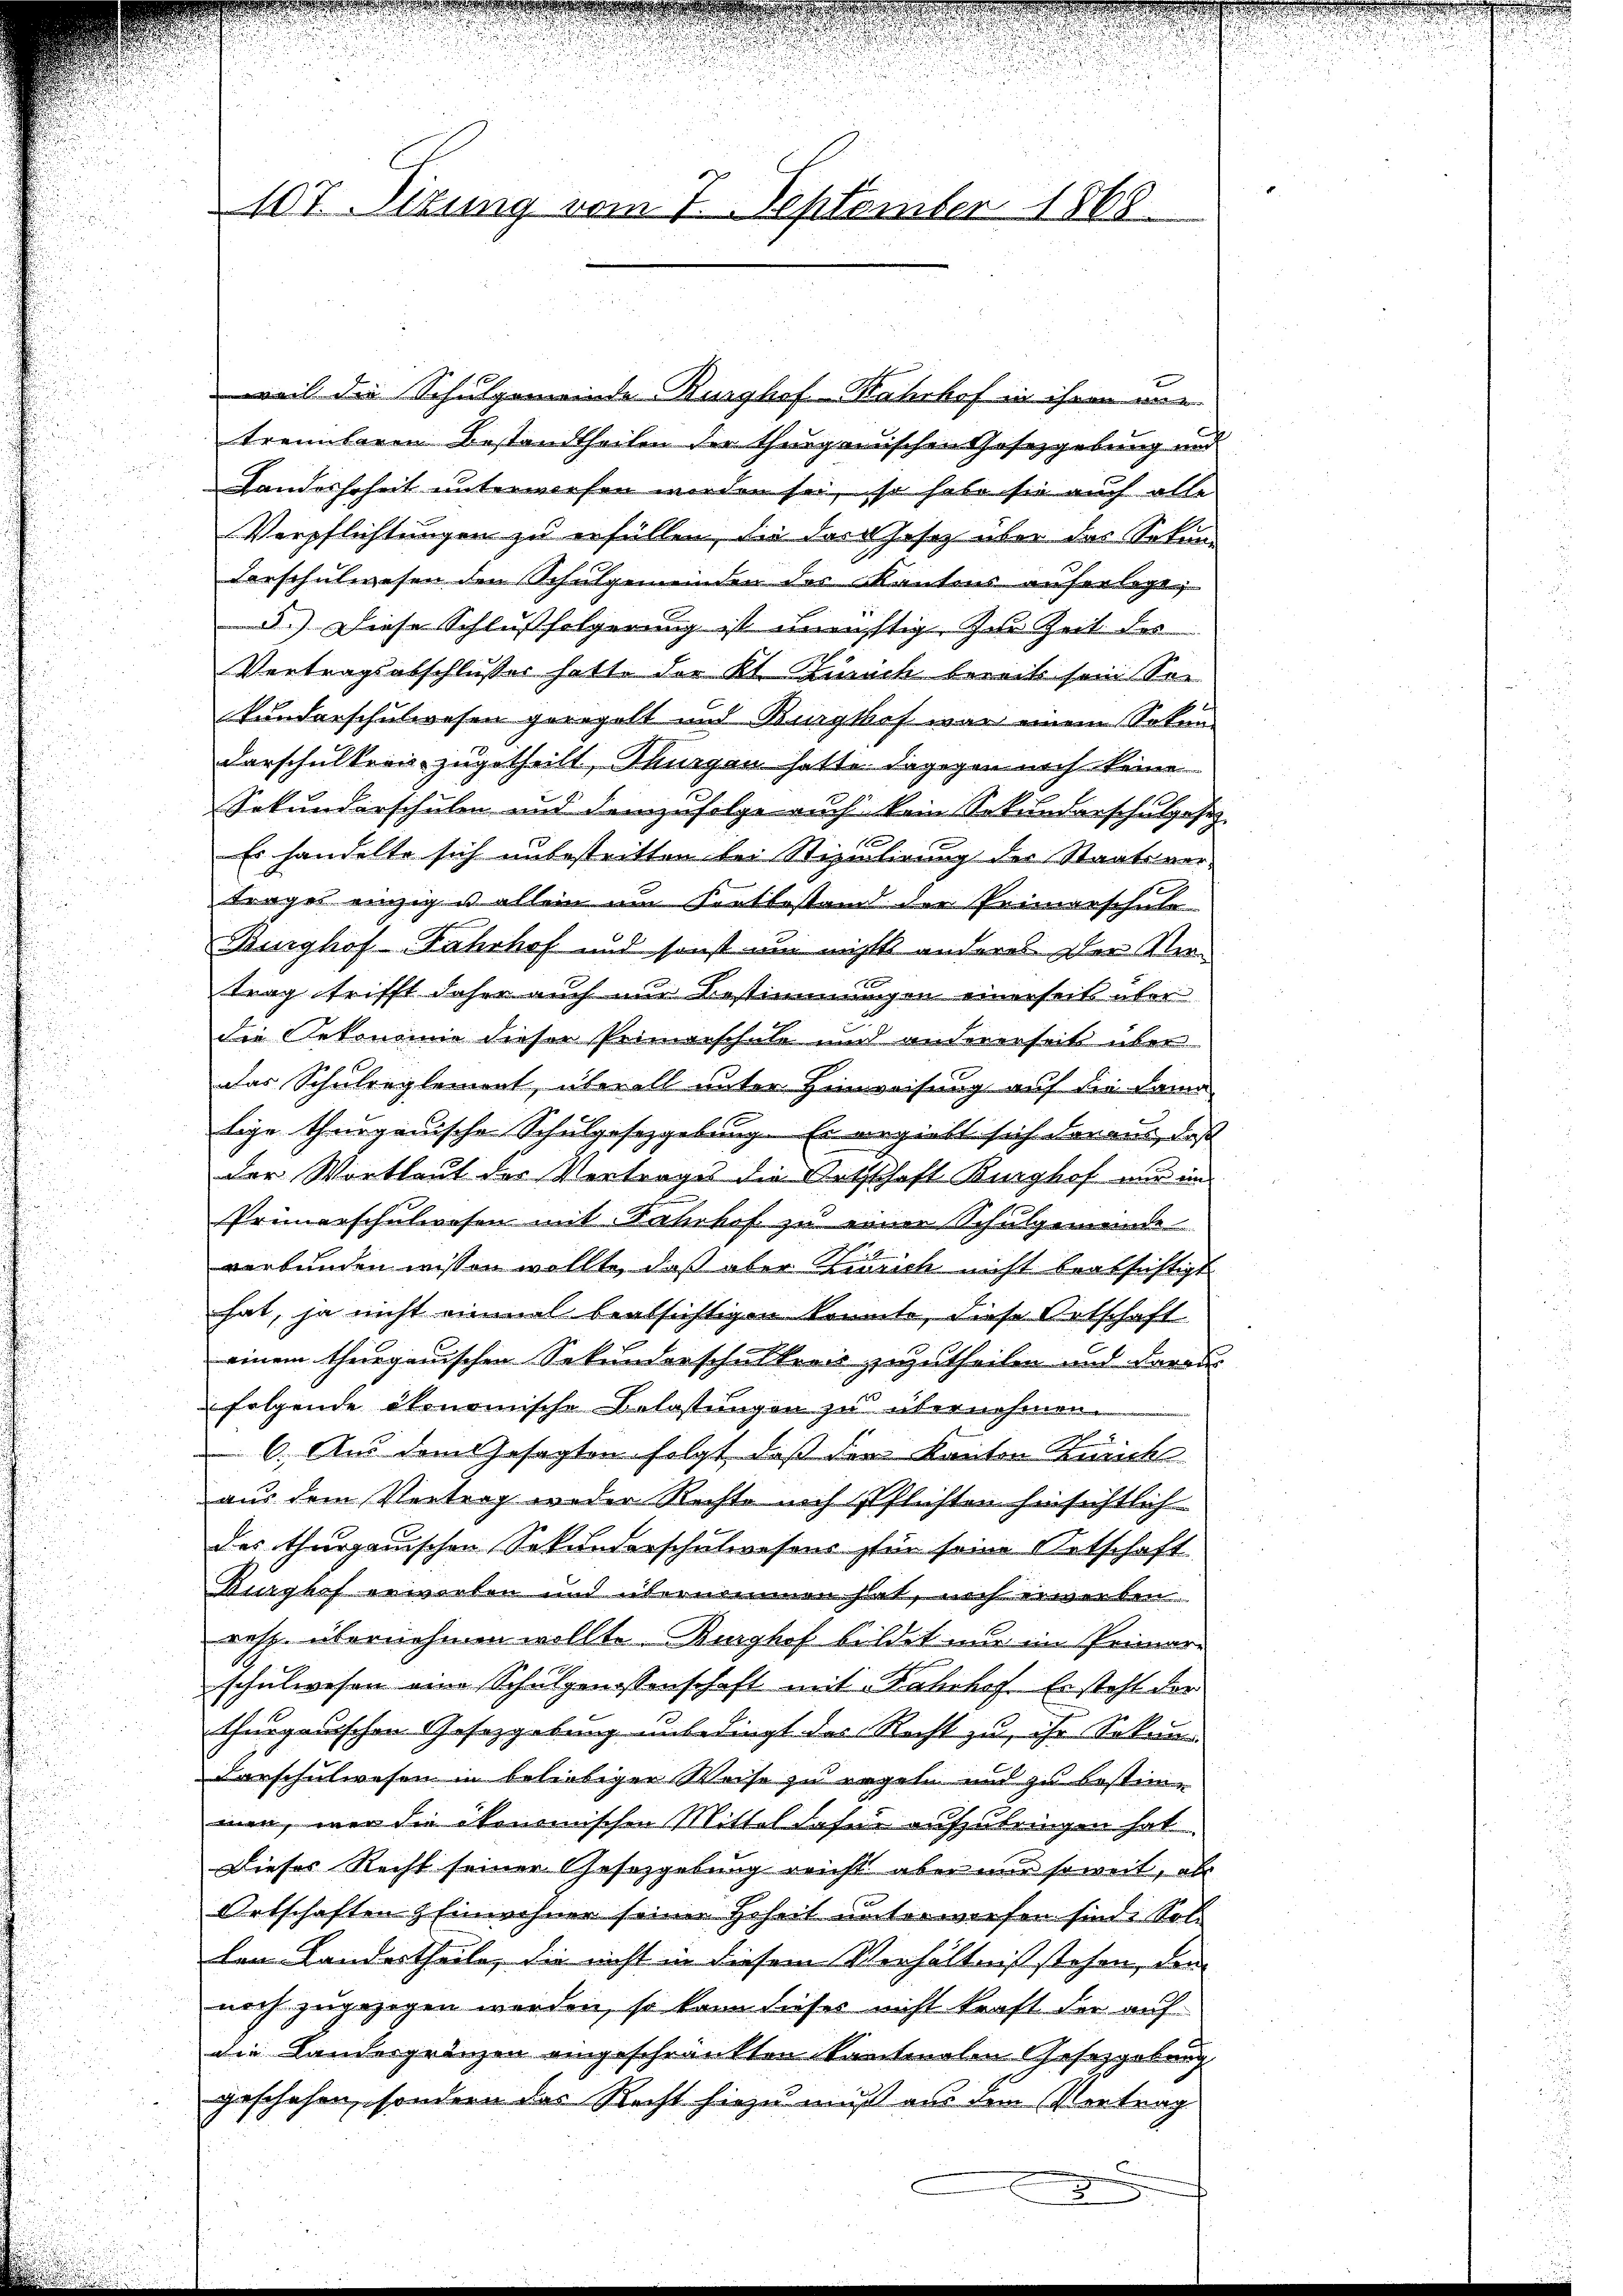
107. Situng vom 7. September 1868

weil die Schulgemeinde Burghof-Kahshof in ihren nie-
trennbaren Bestandtheiten der thurgauischen Gesetzgebung und
Landeshoheit unterworfen werden sei, so habe sie auch alle
Verpflichtungen zu erfüllen, die das Jesez über das Sekun
Verschulwesen den Schulgemeinden des kantons auferlage,
5.) Diese Schlußfolgerung ist unenstig zur Zeit des
Vertragsabschlusser hatt. der Kl. Zürich bereits sein Sei
kunderschulwesen geregelt und Burghof war einem Sokun
darschultern zugetheilt, Thurgau hatte dagegen noch keine
Sekunderschulen und demzufolge auch kein Sokundarschulgesez
Es handelte sich unbestritten bei Stipulirung des Staatsver-
trages einzig u allein um Settestand der Primarschule
Burghof-Fahrhof und sonst um nichts anderes der Nietrag trifft daher auch und Bestimmungen einerseits über
die Oekonomie dieser Primarschale und andererseit über
das Schulreglement, überall unter Hinweisung auf die Doma
tige thurgauische Schulgesetzgebung. Es vergiebt sich daraus, daß
der Wortlaut der Vortrages die Ortschaft Burghof nur in
Prümerschulwesen mit Jahrhof zu einer Schulgemeinde
verbunden wissen wollte, daß aber Zürich nicht beabsichtigt.
hat, ja nicht einmal beabsichtigen könnte, diese Ortschaft
einem thurganischen Sekunderschulkreis zuzutheilen und daraus
folgende ökonomische Belastungen zu übernehmen.
6. Aus dem Gesagten folgt, daß der Kanton Zürich
aus dem Vertrag weder Rechte nach Pflichten hinsichtlich
des thurgauischen Sekunderschulwesens für seine Ortschaft
Burghof erworten und übernommen hat, noch erwerben.
resze übernehmen wollte. Burghof bildet nur im Primar-
schulwesen eine Schulgenossenschaft mit Fahrhof. Es steht der
thurgauischen Gesetzgebung unbedingt des Recht zu, ihr Sekun-
darschulwesen in beliebigen Weise zu regeln und zu bestimman, war die ökonomischen Mittel dafür aufzubringen hat
Dieses Recht seiner Gesetzgebung reicht aber nur soweit, abs
Ortschaften & Einwohner seinen Hoheit unterwiesen sind: Kol-
len Landertheile, die nicht in diesem Verhältniß stehen, den
noch zugezogen werden, so kann dieses nicht kraft der auf
die Landergränzen eingeschränkten Kantonalen Gesetzgebung
geschehen, sondern das Recht hiezu muß aus dem Vertrag
.